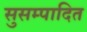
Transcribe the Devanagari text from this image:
सुसम्पादित